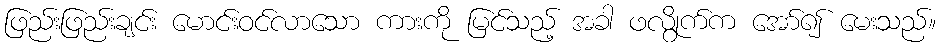
ဖြည်းဖြည်းချင်း မောင်းဝင်လာသော ကားကို မြင်သည့် အခါ ဖလွိုက်က အော်၍ မေးသည်။